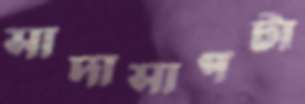
সাদাসাপটা